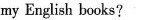
my English books?